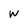
Character: W